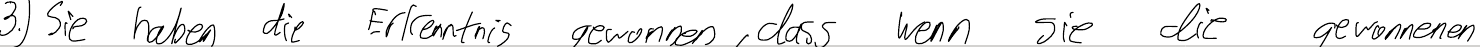
3.) Sie haben die Erkenntnis gewonnen, dass wenn sie die gewonnenen